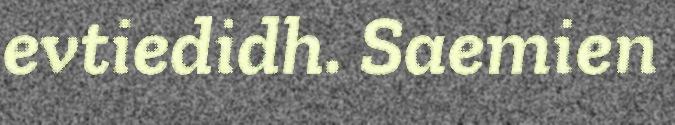
evtiedidh. Saemien